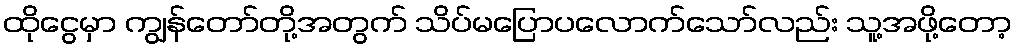
ထိုငွေမှာ ကျွန်တော်တို့အတွက် သိပ်မပြောပလောက်သော်လည်း သူ့အဖို့တော့